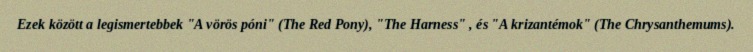
Ezek között a legismertebbek "A vörös póni" (The Red Pony), "The Harness" , és "A krizantémok" (The Chrysanthemums).